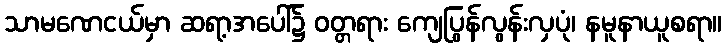
သာမဏေငယ်မှာ ဆရာ့အပေါ်၌ ဝတ္တရား ကျေပြွန်လွန်းလှပုံ၊ နမူနာယူစရာ။